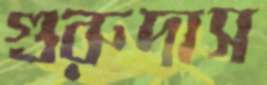
গুরুদাস